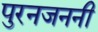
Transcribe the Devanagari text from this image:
पुरनजननी